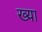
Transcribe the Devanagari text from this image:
ख्या